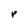
Character: p